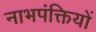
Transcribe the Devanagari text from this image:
नाभपंक्तियों